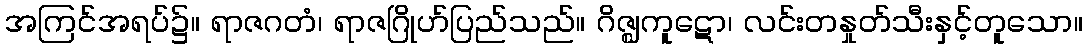
အကြင်အရပ်၌။ ရာဇဂတံ၊ ရာဇဂြိုဟ်ပြည်သည်။ ဂိဇ္ဈကူဋော၊ လင်းတနှုတ်သီးနှင့်တူသော။